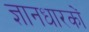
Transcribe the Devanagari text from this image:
ज्ञानधारकों